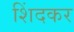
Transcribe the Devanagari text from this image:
शिंदकर